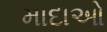
માદાઓ